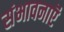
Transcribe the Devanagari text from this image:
संभावनाऍं